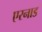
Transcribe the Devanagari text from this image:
एरनाड